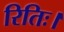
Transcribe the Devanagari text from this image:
रितिः।